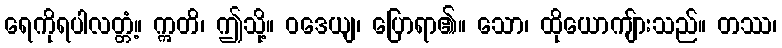
ရေကိုရပါလတ္တံ့။ ဣတိ၊ ဤသို့။ ဝဒေယျ၊ ပြောရာ၏။ သော၊ ထိုယောကျ်ားသည်။ တဿ၊